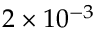
2 \times 1 0 ^ { - 3 }